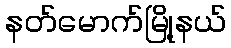
နတ်မောက်မြို့နယ်